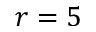
r = 5